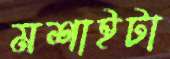
মশাইটা